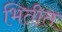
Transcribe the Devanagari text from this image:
भितीत